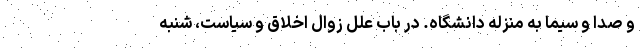
و صدا و سیما به منزله دانشگاه. در باب علل زوال اخلاق و سیاست، شنبه